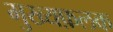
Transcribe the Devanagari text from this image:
मुख्यफ़लक